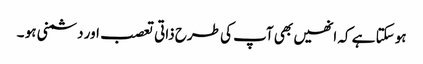
ہو سکتا ہے کہ انھیں بھی آپ کی طرح ذاتی تعصب اور دشمنی ہو ۔